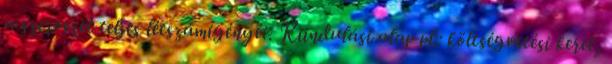
a szervezet teljes létszámigényét. Kiindulási alap pl.: költségvetési keret,